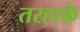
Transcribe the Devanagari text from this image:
तरहाके